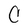
Character: C